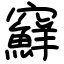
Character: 䇁